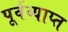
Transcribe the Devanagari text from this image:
पूर्वव्याप्त